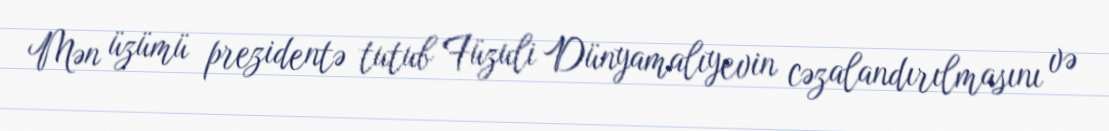
Mən üzümü prezidentə tutub Füzuli Dünyamalıyevin cəzalandırılmasını və